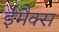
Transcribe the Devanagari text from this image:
ईमैक्स